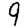
Digit: 9